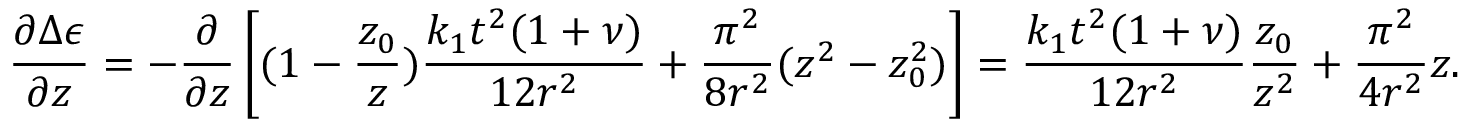
\frac { \partial \Delta \epsilon } { \partial z } = - \frac { \partial } { \partial z } \left[ ( 1 - \frac { z _ { 0 } } { z } ) \frac { k _ { 1 } t ^ { 2 } ( 1 + \nu ) } { 1 2 r ^ { 2 } } + \frac { \pi ^ { 2 } } { 8 r ^ { 2 } } ( z ^ { 2 } - z _ { 0 } ^ { 2 } ) \right] = \frac { k _ { 1 } t ^ { 2 } ( 1 + \nu ) } { 1 2 r ^ { 2 } } \frac { z _ { 0 } } { z ^ { 2 } } + \frac { \pi ^ { 2 } } { 4 r ^ { 2 } } z .